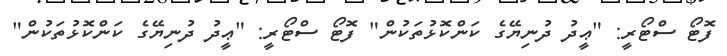
ފޮޓޯ ސްޓޯރީ: "ޢީދު ދުނިޔޭގެ ކަންކޮޅުތަކުން" ފޮޓޯ ސްޓޯރީ: "ޢީދު ދުނިޔޭގެ ކަންކޮޅުތަކުން"